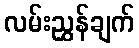
လမ်းညွှန်ချက်